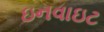
ઇનવાઇટ